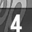
Digit: 4